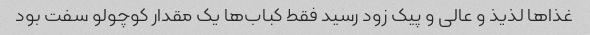
غذا‌ها لذیذ و عالی و پیک زود رسید فقط کباب‌ها یک مقدار کوچولو سفت بود